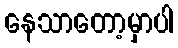
နေသာတော့မှာပါ